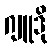
ဂျူဒို